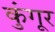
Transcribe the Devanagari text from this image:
कुंगूर